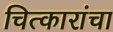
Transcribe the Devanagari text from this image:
चित्कारांचा